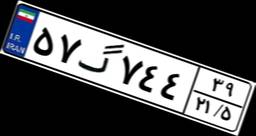
۵۷گ۷۴۴۳۹